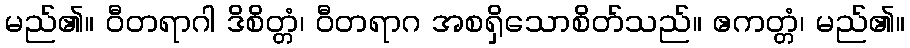
မည်၏။ ဝီတရာဂါ ဒိစိတ္တံ၊ ဝီတရာဂ အစရှိသောစိတ်သည်။ ဧကတ္တံ၊ မည်၏။